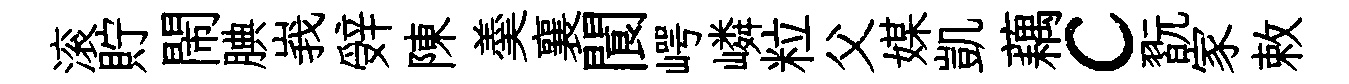
滚貯閙腆峩辤陳羮襄閬崿嶙粒父媒凱藕c翫家敕